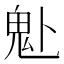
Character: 𩱻